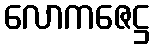
လောကဇေဋ္ဌ